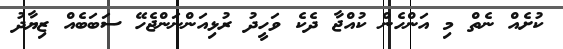
ކުށެއް ނެތް މި އަންހެން ކުއްޖާ ދެކެ ވަހީދު ރުޅިއަންނަންޖެހޭ ސަބަބެއް ޒިޔާދު